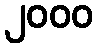
၂၀၀၀